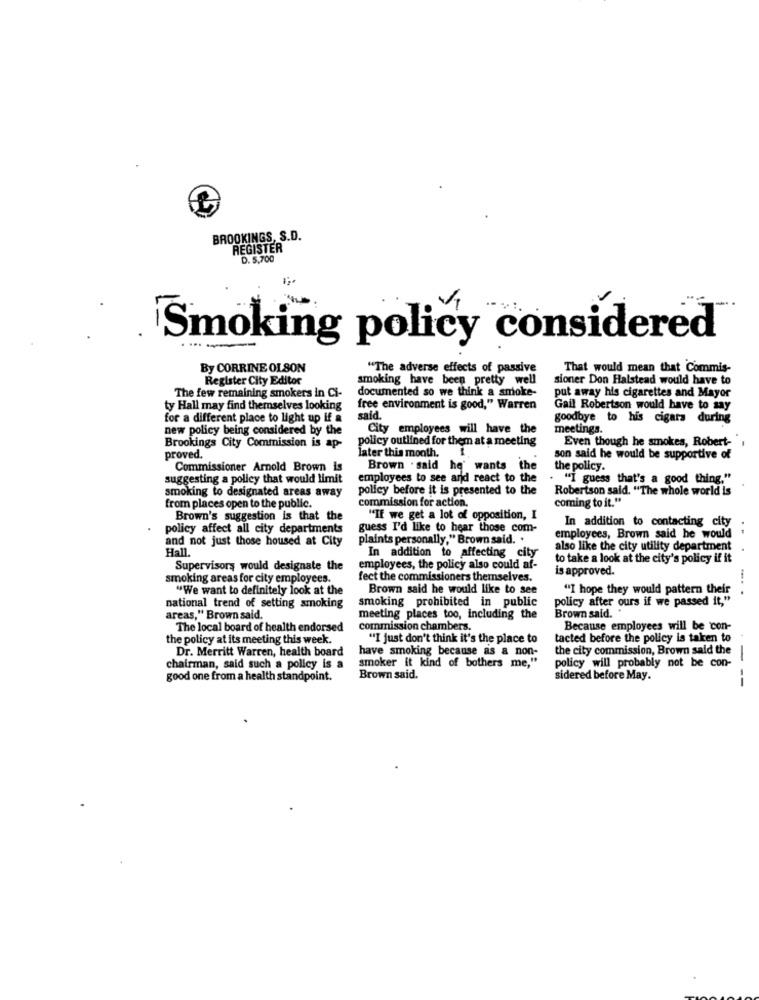
BROOKINGS, S.D.
REGISTER
D. 5.700
Smoking policy considered
By CORRINE OLSON
"The adverse effects of passive
That would mean that Commis-
Register City Editor
smoking have been pretty well
sioner Don Halstead would have to
The few remaining smokers in Ci-
documented so we think a smoke-
put away his cigarettes and Mayor
ty Hall may find themselves looking
free environment is good," Warren
Gail Robertson would have to say
for a different place to light up if a
said.
goodbye to his cigars during
new policy being considered by the
City employees will have the
meetings.
policy outlined for them at a meeting
Even though he smokes, Robert- ',
Brookings City Commission is ap-
later this month. i
proved.
son said he would be supportive of
Commissioner Arnold Brown is
Brown . said he' wants the
the policy.
suggesting a policy that would limit
employees to see and react to the
. "I guess that's a good thing."
policy before it is presented to the
Robertson said. "The whole world is
smoking to designated areas away
coming to it."
from places open to the public.
commission for action.
Brown's suggestion is that the
"If we get a lot of opposition, I
In addition to contacting city
policy affect all city departments
guess I'd like to hear those com-
and not just those housed at City
plaints personally," Brown said. .
employees, Brown said he would
Hall.
also like the city utility department
In addition to affecting city
to take a look at the city's policy if it
Supervisory would designate the
employees, the policy also could af-
is approved.
smoking areas for city employees.
fect the commissioners themselves.
"We want to definitely look at the
Brown said he would like to see
"I hope they would pattern their
... .
smoking prohibited in public
policy after ours if we passed it,"
national trend of setting smoking
Brown said. "
areas," Brown said.
meeting places too, including the
The local board of health endorsed
commission chambers.
Because employees will be con-
the policy at its meeting this week.
"I just don't think it's the place to
tacted before the policy is taken to
Dr. Merritt Warren, health board
have smoking because as & non-
the city commission, Brown said the
smoker it kind of bothers me,"
chairman, said such a policy is a
policy will probably not be con-
good one from a health standpoint.
Brown said.
sidered before May.
---